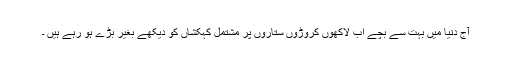
آج دنیا میں بہت سے بچے اب لاکھوں کروڑوں ستاروں پر مشتمل کہکشاں کو دیکھے بغیر بڑے ہو رہے ہیں ۔